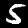
Digit: 5